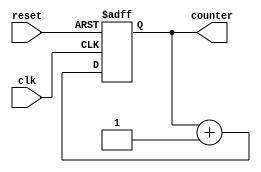
module up_counter(input clk, reset, output[3:0] counter);
    reg [3:0] counter_up;

    always @(posedge clk or posedge reset)
    begin
        if(reset)
            counter_up <= 4'd0;
    else
        counter_up <= counter_up + 4'd1;
        $display("I started counting : %d", counter_up);
    end 
    assign counter = counter_up;

endmodule